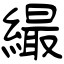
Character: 繓